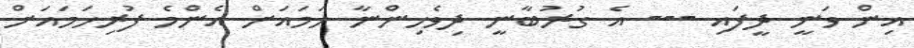
އިން ވަނީ ދީފައި --- އެ ގުރުބާނީ ދިވެހިންނާ ހަމައަށް އެންމެ ފުރިހަމައަށް